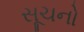
સૂચનો